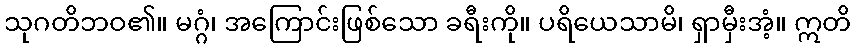
သုဂတိဘဝ၏။ မဂ္ဂံ၊ အကြောင်းဖြစ်သော ခရီးကို။ ပရိယေသာမိ၊ ရှာမှီးအံ့။ ဣတိ